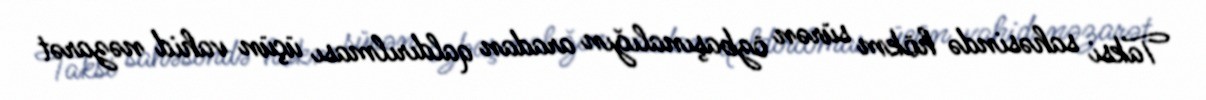
Taksi sahəsində hökm sürən özbaşınalığın aradan qaldırılması üçün vahid nəzarət